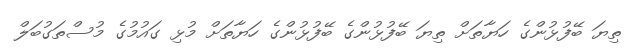
ތިޔަ ބޭފުޅުންގެ ހަޔާތަށް ތިޔަ ބޭފުޅުންގެ ބޭފުޅުންގެ ހަޔާތަށް މުޅި ގައުމުގެ މުސްތަގުބަލް